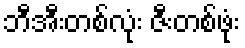
ဘီအီးတစ်လုံး ဇီးတစ်ဖုံး